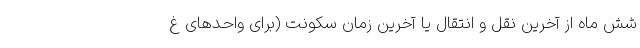
شش ماه از آخرین نقل و انتقال یا آخرین زمان سکونت (برای واحد‌های غ